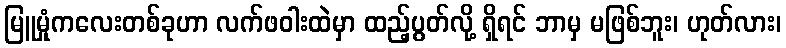
မြူမှုံကလေးတစ်ခုဟာ လက်ဖဝါးထဲမှာ ထည့်ပွတ်လို့ ရှိရင် ဘာမှ မဖြစ်ဘူး၊ ဟုတ်လား၊